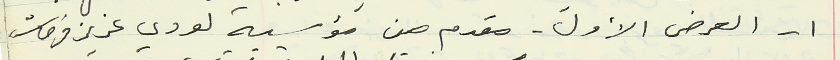
1 - العرض الأول - مقدم من مؤسسة لودي عزيز فرحات